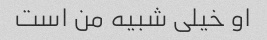
او خیلی شبیه من است